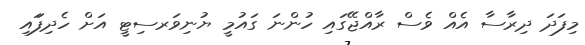
މިފަދަ ދިރާސާ އެއް ވެސް ރާއްޖޭގައި ހުންނަ ގައުމީ ޔުނިވަރސިޓީ އަށް ހެދިފަައި